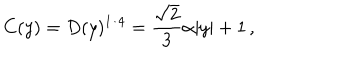
C ( y ) = D ( y ) ^ { 1 / 4 } = \frac { \sqrt { 2 } } { 3 } \alpha | y | + 1 \, ,